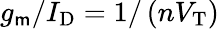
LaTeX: g_{\mathsf{m}}/I_{\mathrm{{D}}}=1/\left(nV_{\mathrm{{T}}}\right)